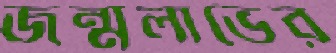
জন্মলাভের